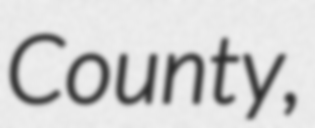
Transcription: County,